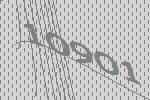
10901